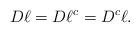
LaTeX: \begin{align*}D\ell = D\ell^{c} =D^{c} \ell .\end{align*}